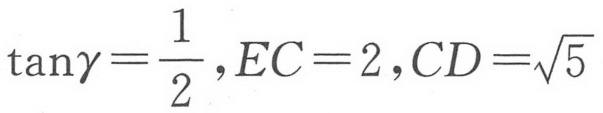
\(\tan\gamma=\frac{1}{2},EC = 2,CD=\sqrt{5}\)